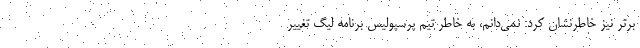
برتر نیز خاطرنشان کرد: نمی‌دانم، به خاطر تیم پرسپولیس برنامه لیگ تغییر